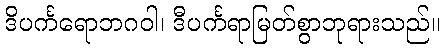
ဒိပင်္ကရောဘဂဝါ၊ ဒီပင်္ကရာမြတ်စွာဘုရားသည်။